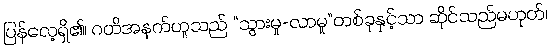
ပြန်လေ့ရှိ၏၊ ဂတိအနက်ဟူသည် “သွားမှု-လာမှု”တစ်ခုနှင့်သာ ဆိုင်သည်မဟုတ်၊